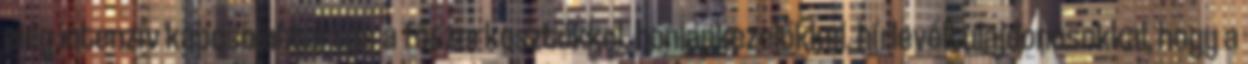
elég intenzív kapcsolattartás a főszerkesztőkkel, honlapkezelőkkel, hírlevéltulajdonosokkal, hogy a